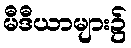
မီဒီယာများ၌